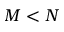
M < N